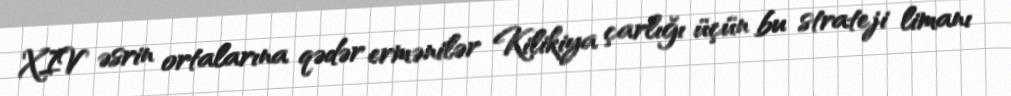
XIV əsrin ortalarına qədər ermənilər Kilikiya çarlığı üçün bu strateji limanı